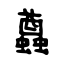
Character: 蠤